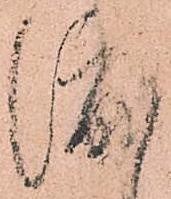
渡